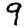
Digit: 9